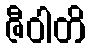
ဇီဝါတိ